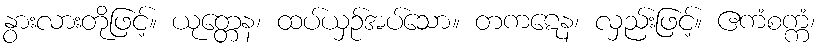
နွားလားတိုဖြင့်။ ယုတ္တေန၊ ထပ်ယှဉ်အပ်သော။ တကဋေန၊ လှည်းဖြင့်။ ဧကံစက္ကံ၊